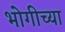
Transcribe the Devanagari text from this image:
भोगीच्या